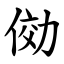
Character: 俲